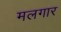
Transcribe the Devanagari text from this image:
मलगार